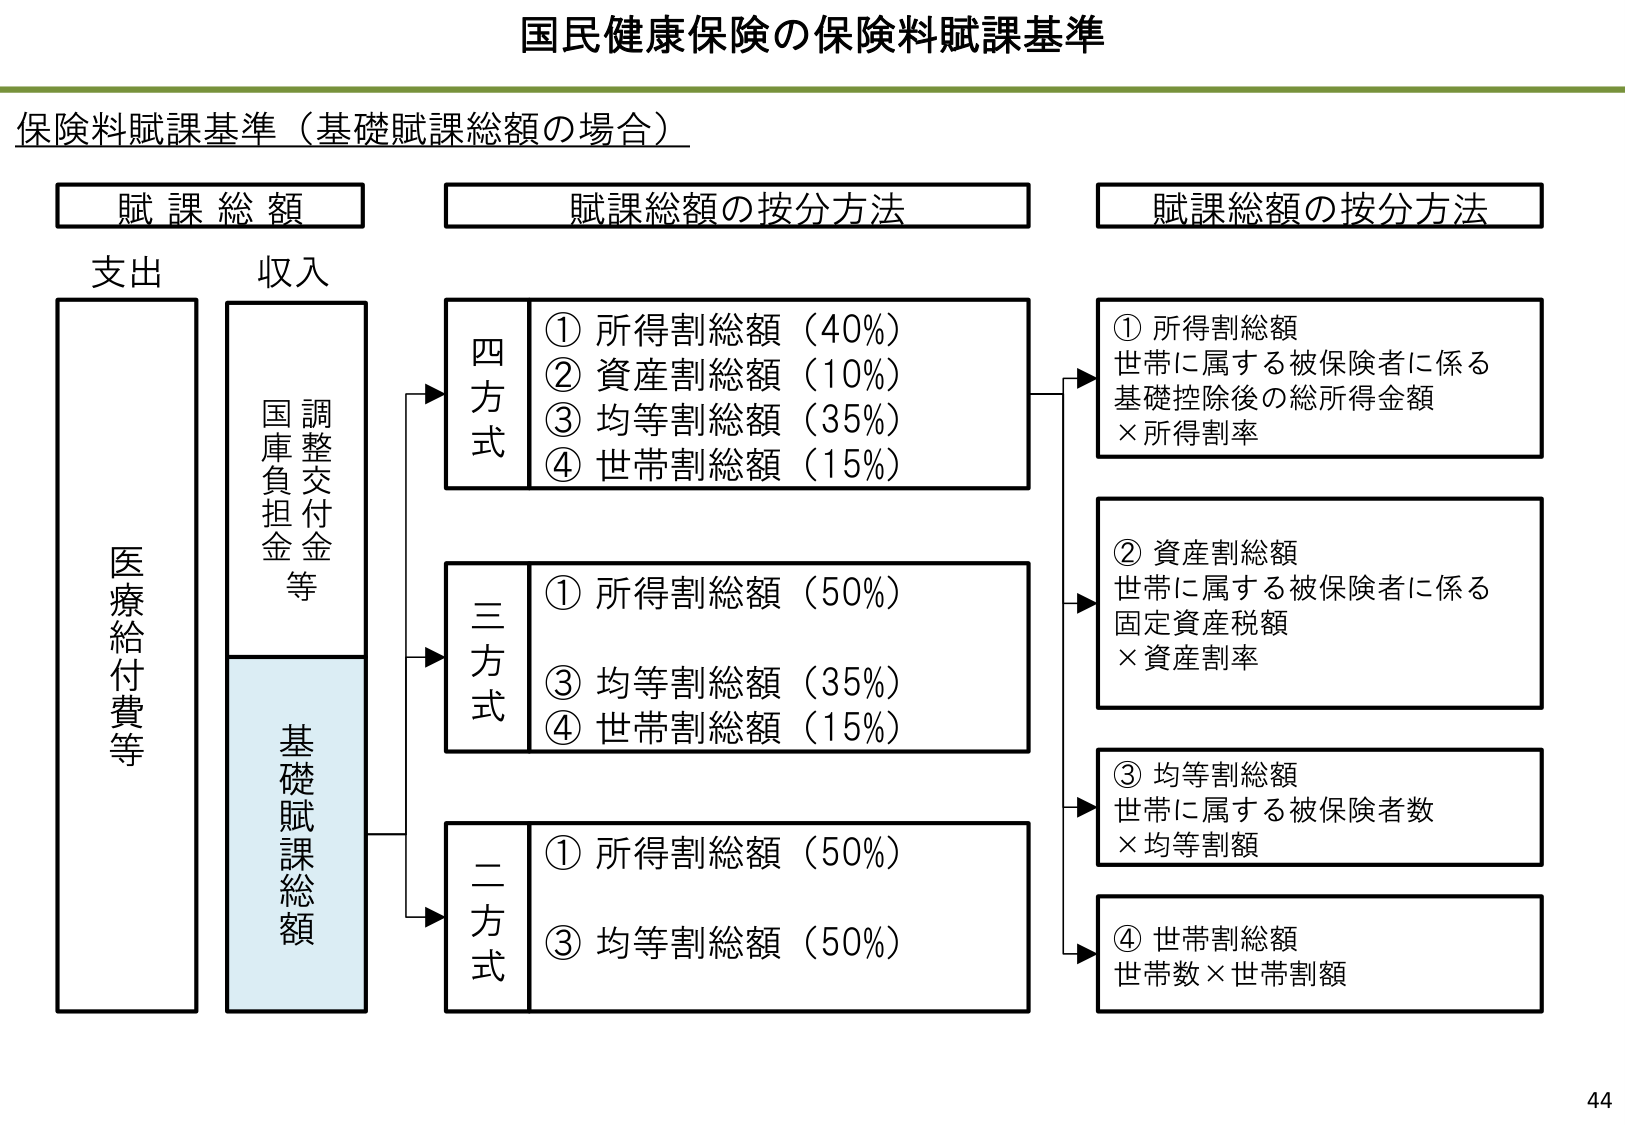
国民健康保険の保険料賦課基準

保険料賦課基準（基礎賦課総額の場合）

賦課総額
支出
医療給付費等
収入
調整交付金等
国庫負担金等
基礎賦課総額

賦課総額の按分方法

四方式
① 所得割総額（40%）
② 資産割総額（10%）
③ 均等割総額（35%）
④ 世帯割総額（15%）

三方式
① 所得割総額（50%）
③ 均等割総額（35%）
④ 世帯割総額（15%）

二方式
① 所得割総額（50%）
③ 均等割総額（50%）

賦課総額の按分方法

① 所得割総額
世帯に属する被保険者に係る
基礎控除後の総所得金額
×所得割率

② 資産割総額
世帯に属する被保険者に係る
固定資産税額
×資産割率

③ 均等割総額
世帯に属する被保険者数
×均等割額

④ 世帯割総額
世帯数×世帯割額

44